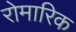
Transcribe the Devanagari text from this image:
रोमारिक